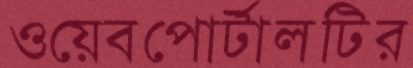
ওয়েবপোর্টালটির